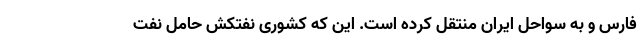
فارس و به سواحل ایران منتقل کرده است. این که کشوری نفتکش حامل نفت